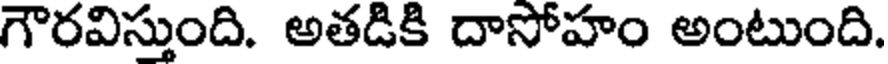
గౌరవిస్తుంది. అతడికి దాసోహం అంటుంది.